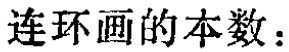
连环画的本数：